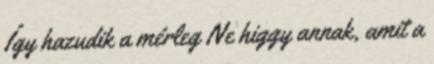
Így hazudik a mérleg Ne higgy annak, amit a